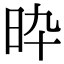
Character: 𣅢